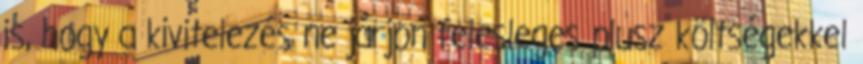
is, hogy a kivitelezés ne járjon felesleges plusz költségekkel